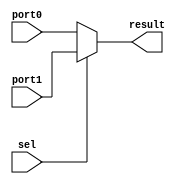
//    name    = mux.v
//    author  = Sharafat Hussain
//    email   = sharafat.hussain@10xengineers.ai
//    purpose = 2 to 1 Multiplexor
//    Potential Improvements = -

module mux #(
    parameter WIDTH = 32
) (
    input [WIDTH-1:0] port0,
    input [WIDTH-1:0] port1,
    input sel,
    output [WIDTH-1:0] result
);

    assign result = sel ? port1 : port0;
endmodule